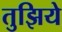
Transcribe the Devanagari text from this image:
तुझिये